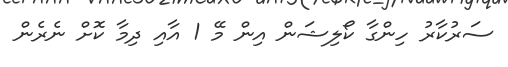
ސަރުކާރު ހިންގާ ކޯލިޝަން އިން މޭ 1 އާއި ދިމާ ކޮށް ނެރެން